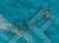
لأخرى